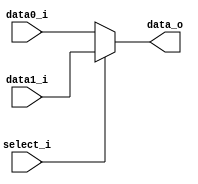
//student's id: 0716325
//Subject:     CO project 2 - MUX 221
//--------------------------------------------------------------------------------
//Version:     1
//--------------------------------------------------------------------------------
//Writer:     0716325
//----------------------------------------------
//Date:        
//----------------------------------------------
//Description: 
//--------------------------------------------------------------------------------
     
module MUX_2to1(
               data0_i,
               data1_i,
               select_i,
               data_o
               );

parameter size = 0;			   
			
//I/O ports               
input   [size-1:0] data0_i;          
input   [size-1:0] data1_i;
input              select_i;
output  [size-1:0] data_o; 

//Internal Signals
reg     [size-1:0] data_o;

//Main function

always@(*) begin
    if(select_i == 1)
        data_o = data1_i;
    else
        data_o = data0_i;
end

endmodule